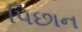
પિછાન